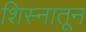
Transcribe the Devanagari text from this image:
शिस्नातून